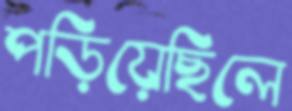
পড়িয়েছিলে